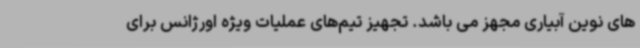
های نوین آبیاری مجهز می باشد. تجهیز تیم‌های عملیات ویژه اورژانس برای